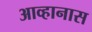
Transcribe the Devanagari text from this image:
आव्हानास